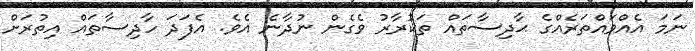
ނަމަ އެއްވައްތަރެއްގެ ޙާދިސާތައް ތަކުރާރު ވެގެން ނުދާނެ އެވެ. އެފަދަ ހާދިސާތައް އިތުރަށް